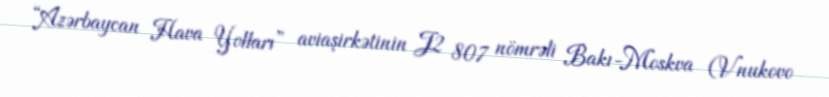
“Azərbaycan Hava Yolları” aviaşirkətinin J2 807 nömrəli Bakı-Moskva (Vnukovo